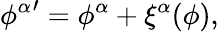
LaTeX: {\phi^{\alpha}}^{\prime}=\phi^{\alpha}+\xi^{\alpha}(\phi),